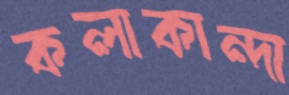
কলাকান্দা